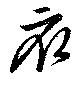
衣